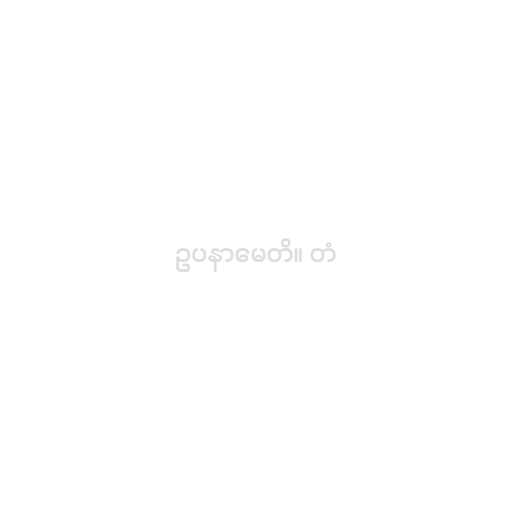
ဥပနာမေတိ။ တံ